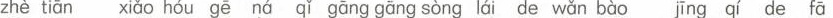
zhè tiān xiǎo hóu gē ná qǐ gāng gāng sòng láide wǎn bào jīng qi de fā